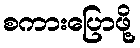
စကားပြောဖို့